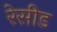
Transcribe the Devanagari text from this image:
रेसीड